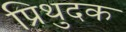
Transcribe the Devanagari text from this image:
प्रिथुदक